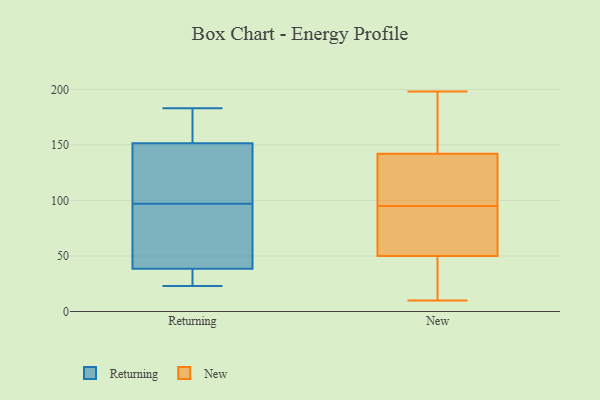
{"axis": {"x": "Headcount", "y": "Value"}, "legend": ["New", "Returning"], "data": [{"x": "", "y": 122, "type": "Returning"}, {"x": "", "y": 38, "type": "Returning"}, {"x": "", "y": 39, "type": "Returning"}, {"x": "", "y": 120, "type": "Returning"}, {"x": "", "y": 120, "type": "Returning"}, {"x": "", "y": 183, "type": "Returning"}, {"x": "", "y": 25, "type": "Returning"}, {"x": "", "y": 23, "type": "Returning"}, {"x": "", "y": 67, "type": "Returning"}, {"x": "", "y": 133, "type": "Returning"}, {"x": "", "y": 74, "type": "Returning"}, {"x": "", "y": 74, "type": "Returning"}, {"x": "", "y": 120, "type": "Returning"}, {"x": "", "y": 173, "type": "Returning"}, {"x": "", "y": 33, "type": "Returning"}, {"x": "", "y": 60, "type": "Returning"}, {"x": "", "y": 170, "type": "Returning"}, {"x": "", "y": 172, "type": "Returning"}, {"x": "", "y": 30, "type": "Returning"}, {"x": "", "y": 180, "type": "Returning"}, {"x": "", "y": 140, "type": "New"}, {"x": "", "y": 82, "type": "New"}, {"x": "", "y": 29, "type": "New"}, {"x": "", "y": 142, "type": "New"}, {"x": "", "y": 198, "type": "New"}, {"x": "", "y": 42, "type": "New"}, {"x": "", "y": 190, "type": "New"}, {"x": "", "y": 108, "type": "New"}, {"x": "", "y": 64, "type": "New"}, {"x": "", "y": 119, "type": "New"}, {"x": "", "y": 50, "type": "New"}, {"x": "", "y": 153, "type": "New"}, {"x": "", "y": 10, "type": "New"}, {"x": "", "y": 78, "type": "New"}]}